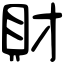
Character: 財